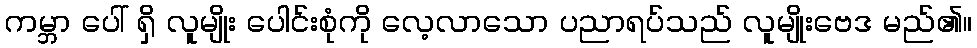
ကမ္ဘာ ပေါ် ရှိ လူမျိုး ပေါင်းစုံကို လေ့လာသော ပညာရပ်သည် လူမျိုးဗေဒ မည်၏။